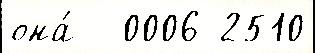
она́   0006-2510